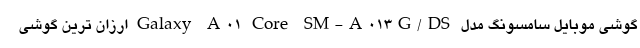
گوشی موبایل سامسونگ مدل Galaxy A01 Core SM-A013G/DS ارزان ترین گوشی